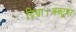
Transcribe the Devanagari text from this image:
दिया।अक्टूबर